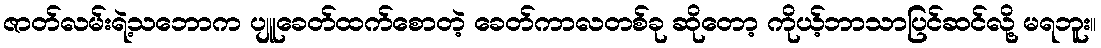
ဇာတ်လမ်းရဲ့သဘောက ပျူခေတ်ထက်စောတဲ့ ခေတ်ကာလတစ်ခု ဆိုတော့ ကိုယ့်ဘာသာပြင်ဆင်လို့ မရဘူး။